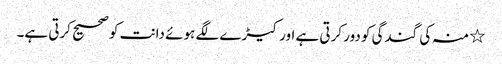
٭ منہ کی گندگی کو دور کرتی ہے اور کیڑے لگے ہوئے دانت کو صحیح کرتی ہے۔